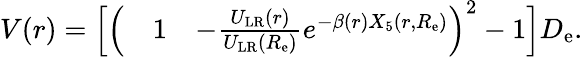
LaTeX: \begin{array}{rlr}{V(r)=\Big[\Big(}&{{}1}&{-\frac{U_{\mathrm{LR}}(r)}{U_{\mathrm{LR}}(R_{\mathrm{e}})}e^{-\beta(r)X_{5}(r,R_{\mathrm{e}})}\Big)^{2}-1\Big]D_{\mathrm{e}}.}\end{array}